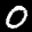
Label: 0